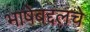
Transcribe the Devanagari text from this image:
भाषेबद्दलचे